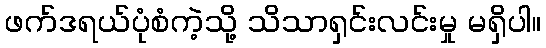
ဖက်ဒရယ်ပုံစံကဲ့သို့ သိသာရှင်းလင်းမှု မရှိပါ။